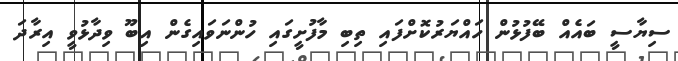
ސިޔާސީ ބައެއް ބޭފުޅުން ހައްޔަރުކޮށްފައި ތިބި މާފުށީގައި ހުންނަވައިގެން އިބޫ ވިދާޅުވީ އިރާދަ